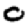
Digit: 0